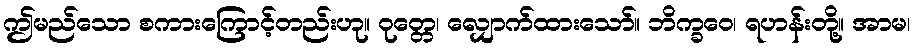
ဤမည်သော စကားကြောင့်တည်းဟု။ ဝုတ္တေ၊ လျှောက်ထားသော်။ ဘိက္ခဝေ၊ ရဟန်းတို့။ အာမ၊